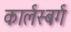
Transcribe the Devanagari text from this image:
कार्लस्बर्ग